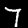
Digit: 7